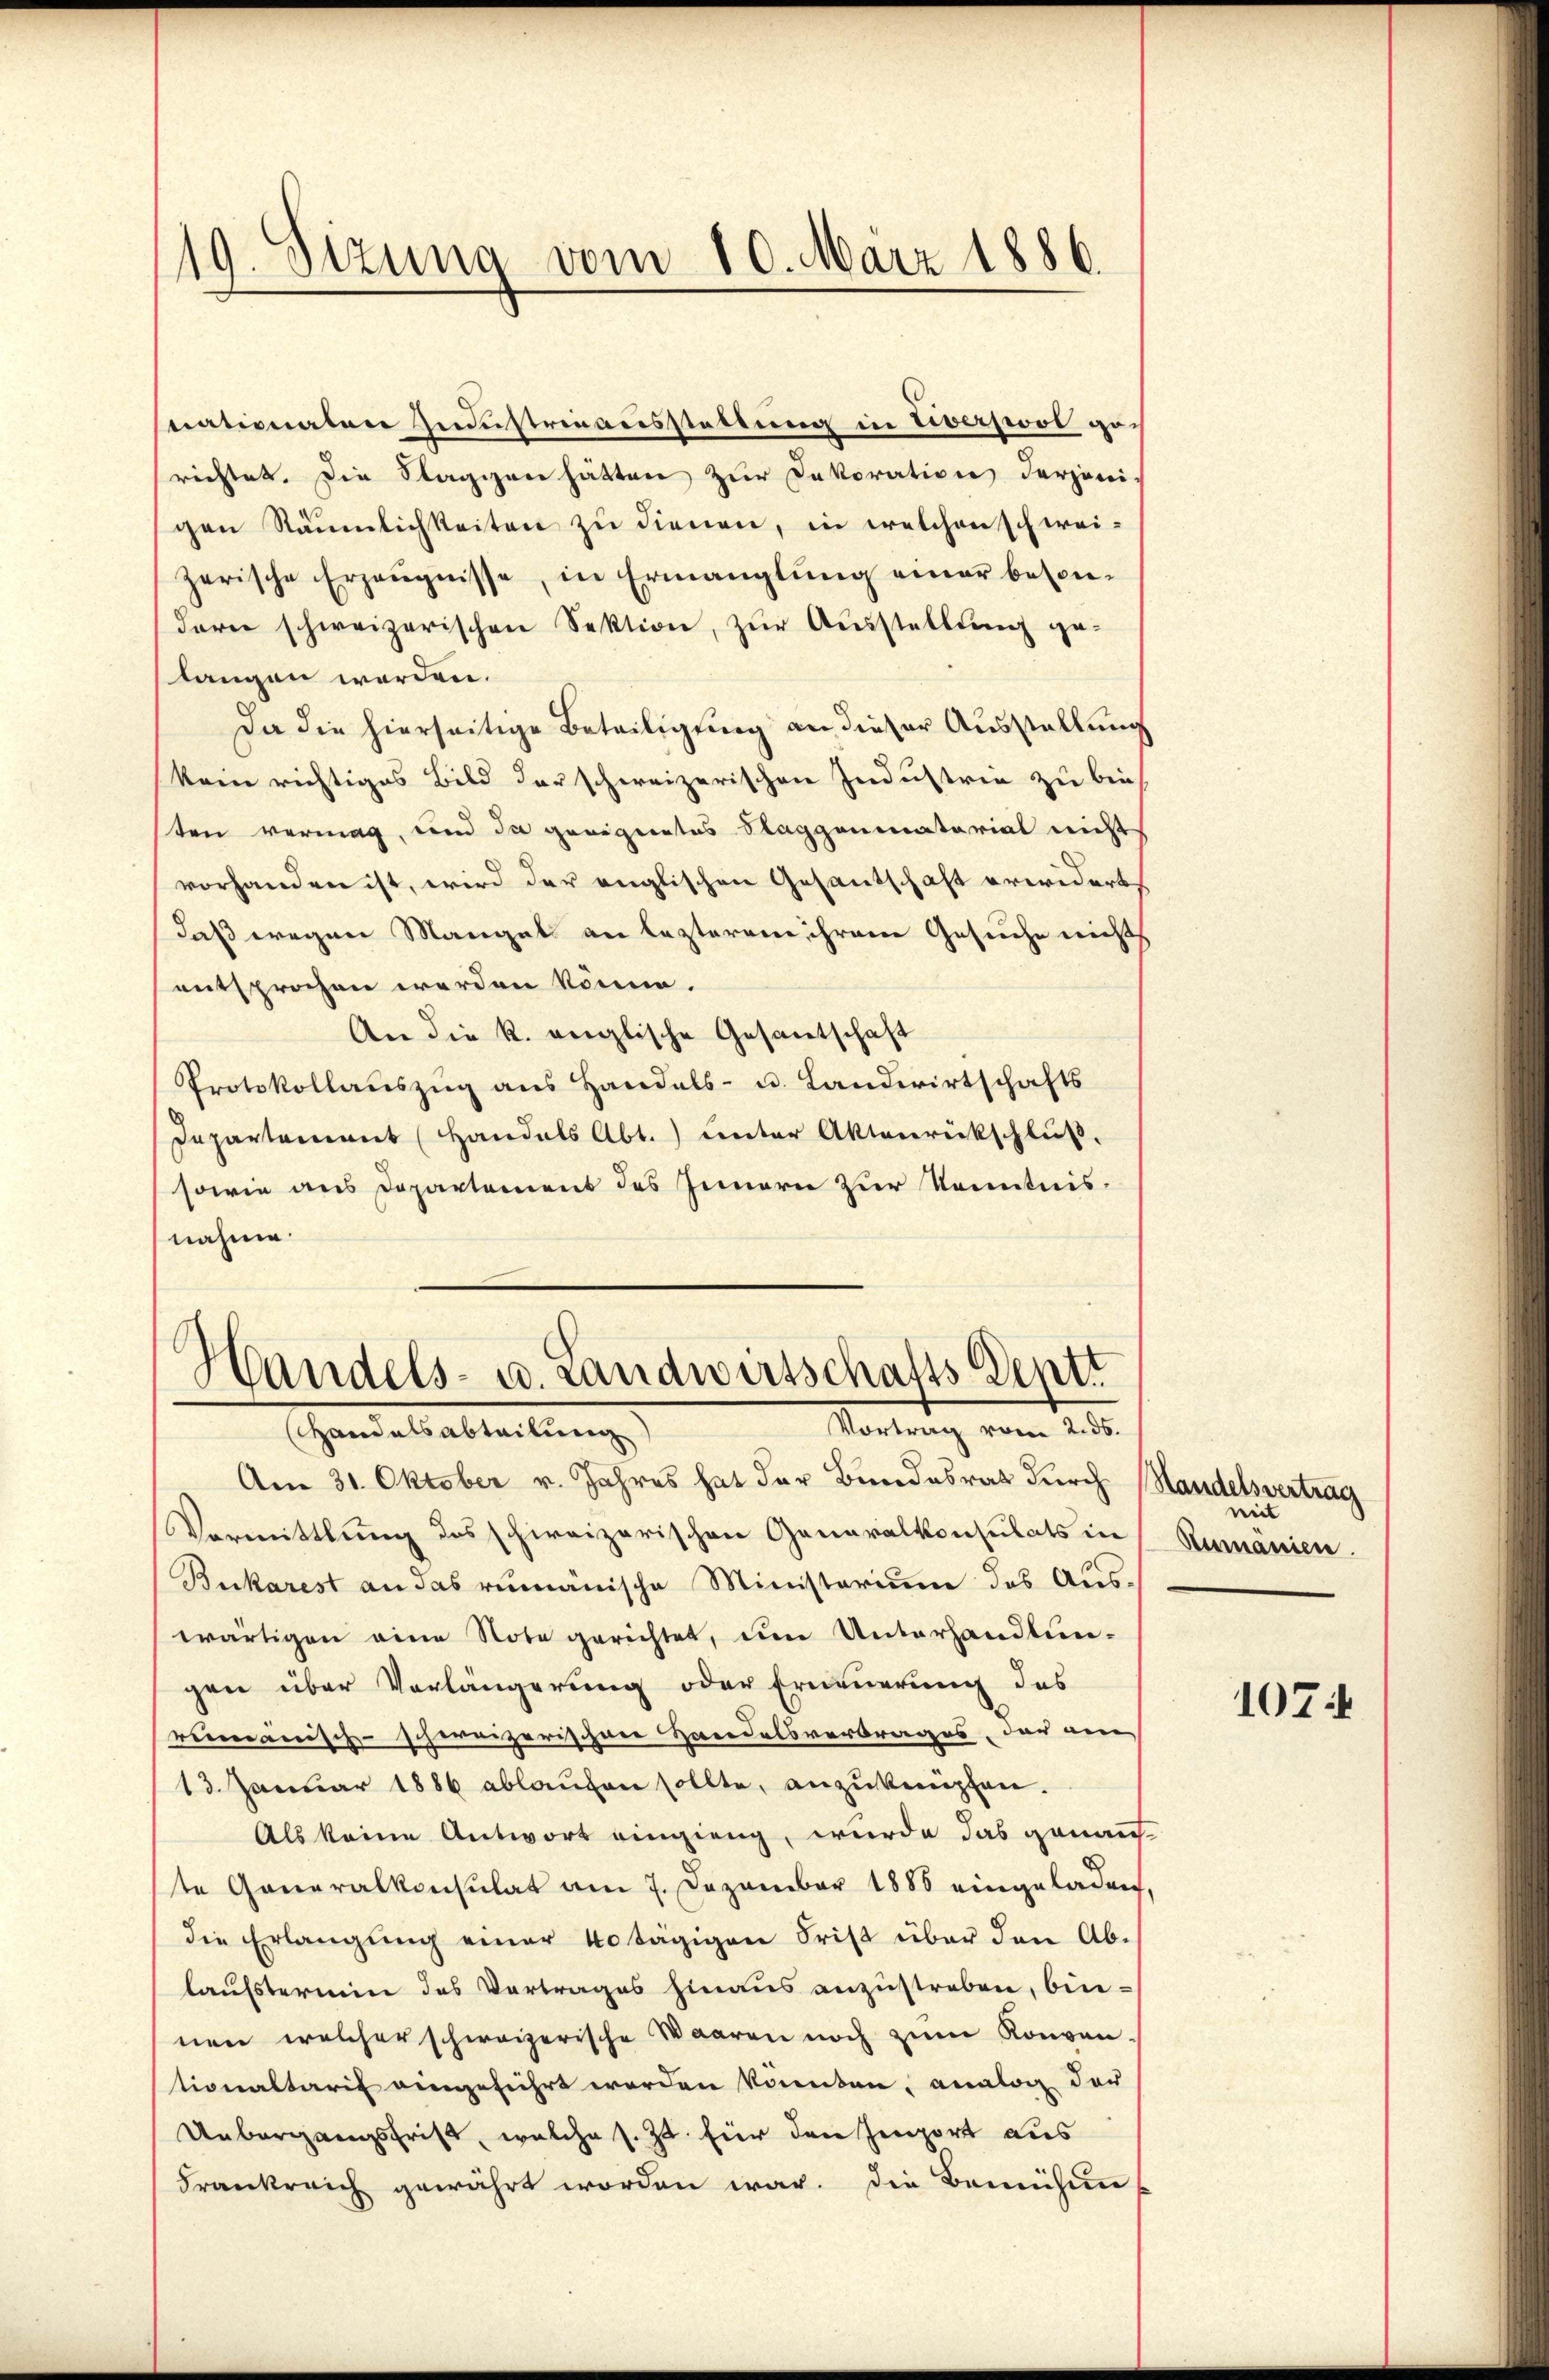
19. Sizung vom 10. März 1886

nationalen Industrieausstellung in Civerpool gorichtet. Die Flaggen hätten zur Dekoration derjenigen Räumlichkeiten zu dienen, in welchen schweizerische Erzeŭgnisse, in Ermanglung einer besondare schweizerischen Sektion, zŭr Aŭsstellŭng ge-
langen werden.
Da die hierseitige Beteiligung an dieser Ausstellung
kein richtiges Bild der schweizerischen Industrie zu bei
ten vermag, und da geeignetes Klaggenmatorial nicht
vorhanden ist, wird der englischen Gesantschaft erwidert,
daß wegen Mangel an lezterem ihrem Gesuche nicht
entsprochen werden könne.
An die k. englische Gesantschaft
Protokollaŭszŭg ans Handels- u. Landwirtschafts
Departement (Handals Abt.) unter Aktenrückschluß.
sowie aus Departement des Innern zur Kenntnisnahme.

Am 31. Oktober v. Jahres hat der Bundesrat durch Handelsvertrag
Vormittlung des schweizerischen Generalkonsulats in
Bukarest an das rumänische Ministerium des Auswärtigen eine Note gerichtet, um Unterhandlun-
gen über Vorlängerung oder Erneuerung des
rumanisch-schweizerischen Zweidelsvertrages, der ein
13. Januar 1886 ablaufen sollte, anzuknüpfen.
Als keine Antwort eingieng, wurde das genaus-
te Generalkonsulat am 7. Dezember 1888 eingeladen,
die Erlangung einer 40 tägigen Frist über den Ab-
laufstermin des Vertrages hinaus anzustreben, binnen welcher schweizerische Waaren noch zum Konven-
tionaltaris eingeführt worden könnten, analog der
Unbergangsfrist, welche s. Zt. für den Zenzort aus
Frankreich gewährt worden war. Die Bemühun¬

Handels- u. Landwirtschafts Deptt
Vortrag vom 2. 55.
Handelsabteilung

mit
Rumänien.

107.